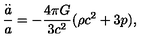
\frac { \stackrel { . . } { a } } { a } = - \frac { 4 \pi G } { 3 c ^ { 2 } } ( \rho c ^ { 2 } + 3 p ) ,